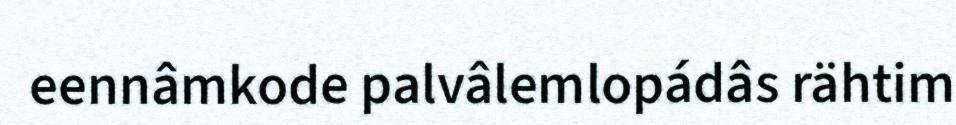
eennâmkode palvâlemlopádâs rähtim